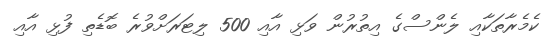
ކެމެރާތަކާއި ލެންސްގެ އިތުރުން ވަޅި އާއި 500 ލިޓަރަށްވުރެ ބޮޑެތި ފުޅި އާއި